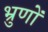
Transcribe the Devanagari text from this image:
भ्रुणों